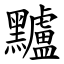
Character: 黸